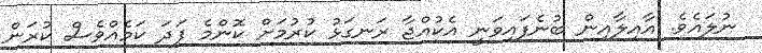
ނުލައެވެ. އާއިލާއިން ބުނެފައިވަނީ އެކުއްޖާ ރަނގަޅު ކުރުމަށް ކޮންމެ ފަދަ ކަމެއްވެސް ކުރަން